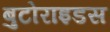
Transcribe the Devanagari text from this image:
बुटोराइडस